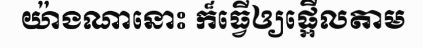
យ៉ាងណានោះ ក៏ធ្វើឲ្យផ្អើលតាម